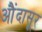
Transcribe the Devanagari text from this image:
औंदासूर